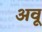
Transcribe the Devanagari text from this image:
अवू